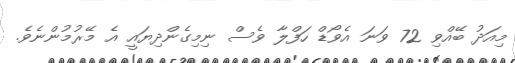
މިއަދު ބޭއްވި 72 ވަނަ އެވޯޑް ހަފްލާ ވެސް ނިމިގެންދިޔައީ އެ މޭރުމުންނެވެ.